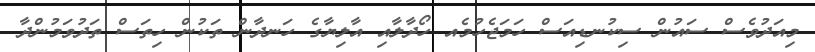
މިއަދުވެސް ސައުން ސިކުނޑިއަސް ހަމަޖެހުމެއ ހޯދާލާއި އާލިޔާގެ ހަނދާން ތަކުން ހިތަސް ތަދުވަމުންދާ